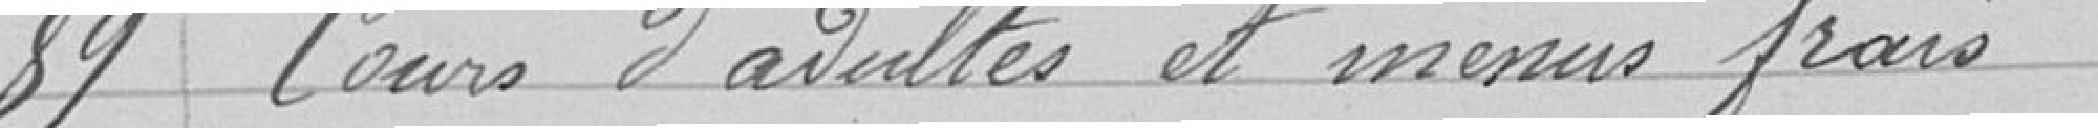
89 Cours d'adultes et menus frais